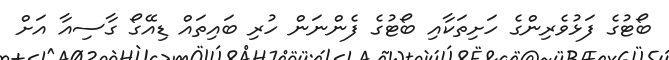
ބޯޓުގެ ފަޅުވެރިންގެ ހަށިތަކާއި ބޯޓުގެ ފެންނަން ހުރި ބައިތައް ޑިއޭގޯ ގާސިއާ އަށް